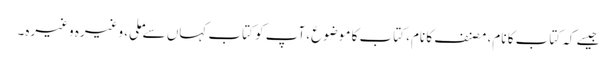
جیسے کہ کتاب کا نام، مصنف کا نام، کتاب کا موضوع، آپ کو کتاب کہاں سے ملی، وغیرہ وغیرہ۔